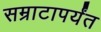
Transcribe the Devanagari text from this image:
सम्राटापर्यंत